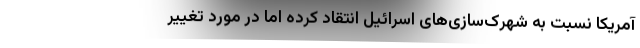
آمریکا نسبت به شهرک‌سازی‌های اسرائیل انتقاد کرده اما در مورد تغییر